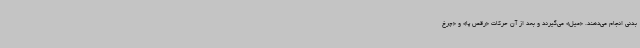
بدنی انجام می‌دهند. «میل» می‌گیرند و بعد از آن حرکات «رقص پا» و «چرخ